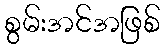
စွမ်းအင်အဖြစ်